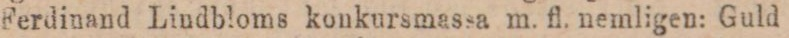
Ferdinand Lindbloms konkursmassa m. fl. nemligen: Guld